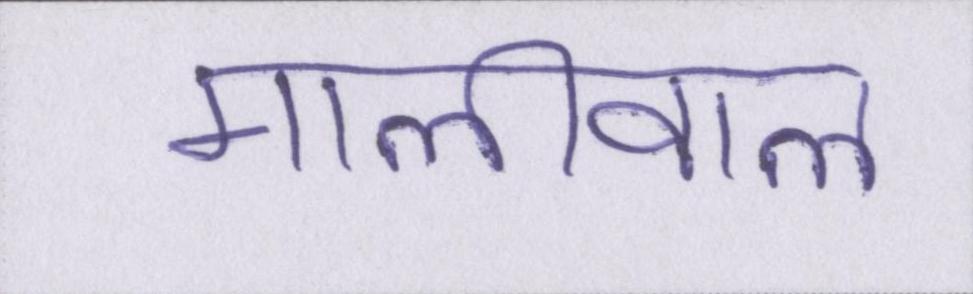
मालीवाल